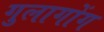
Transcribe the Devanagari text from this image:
गुलागोंग